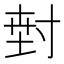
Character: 𭔵